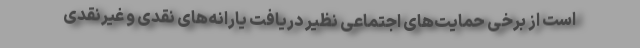
است از برخی حمایت‌های اجتماعی نظیر دریافت یارانه‌های نقدی و غیرنقدی